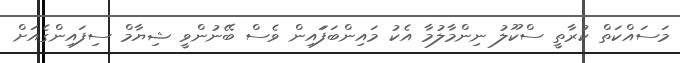
މަސައްކަތް ކުރާތީ ސްކޫލު ނިންމާލުމާ އެކު މައިންބަފަައިން ވެސް ބޭނުންވީ ޝިޔާމް ސިފައިންގެއަށް